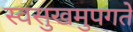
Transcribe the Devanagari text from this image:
स्वसुखमुपगते